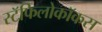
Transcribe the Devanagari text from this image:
स्टॅफिलोकॉकस